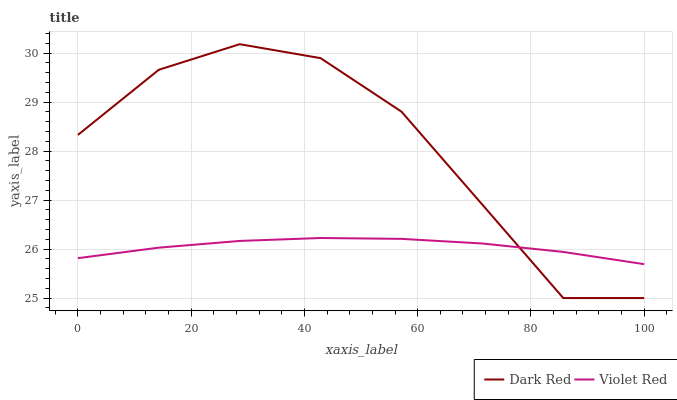
| xaxis_label | Dark Red | Violet Red |
 | --- | --- | --- |
 | 0 | 28.3 | 25.8 |
 | 14.3 | 29.7 | 26 |
 | 28.6 | 30.2 | 26.2 |
 | 42.9 | 29.9 | 26.2 |
 | 57.1 | 28.8 | 26.2 |
 | 71.4 | 26.9 | 26.1 |
 | 85.7 | 25 | 25.9 |
 | 100 | 25 | 25.7 |